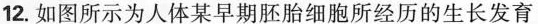
12.如图所示为人体某早期胚胎细胞所经历的生长发育